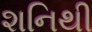
શનિથી